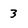
Character: 3